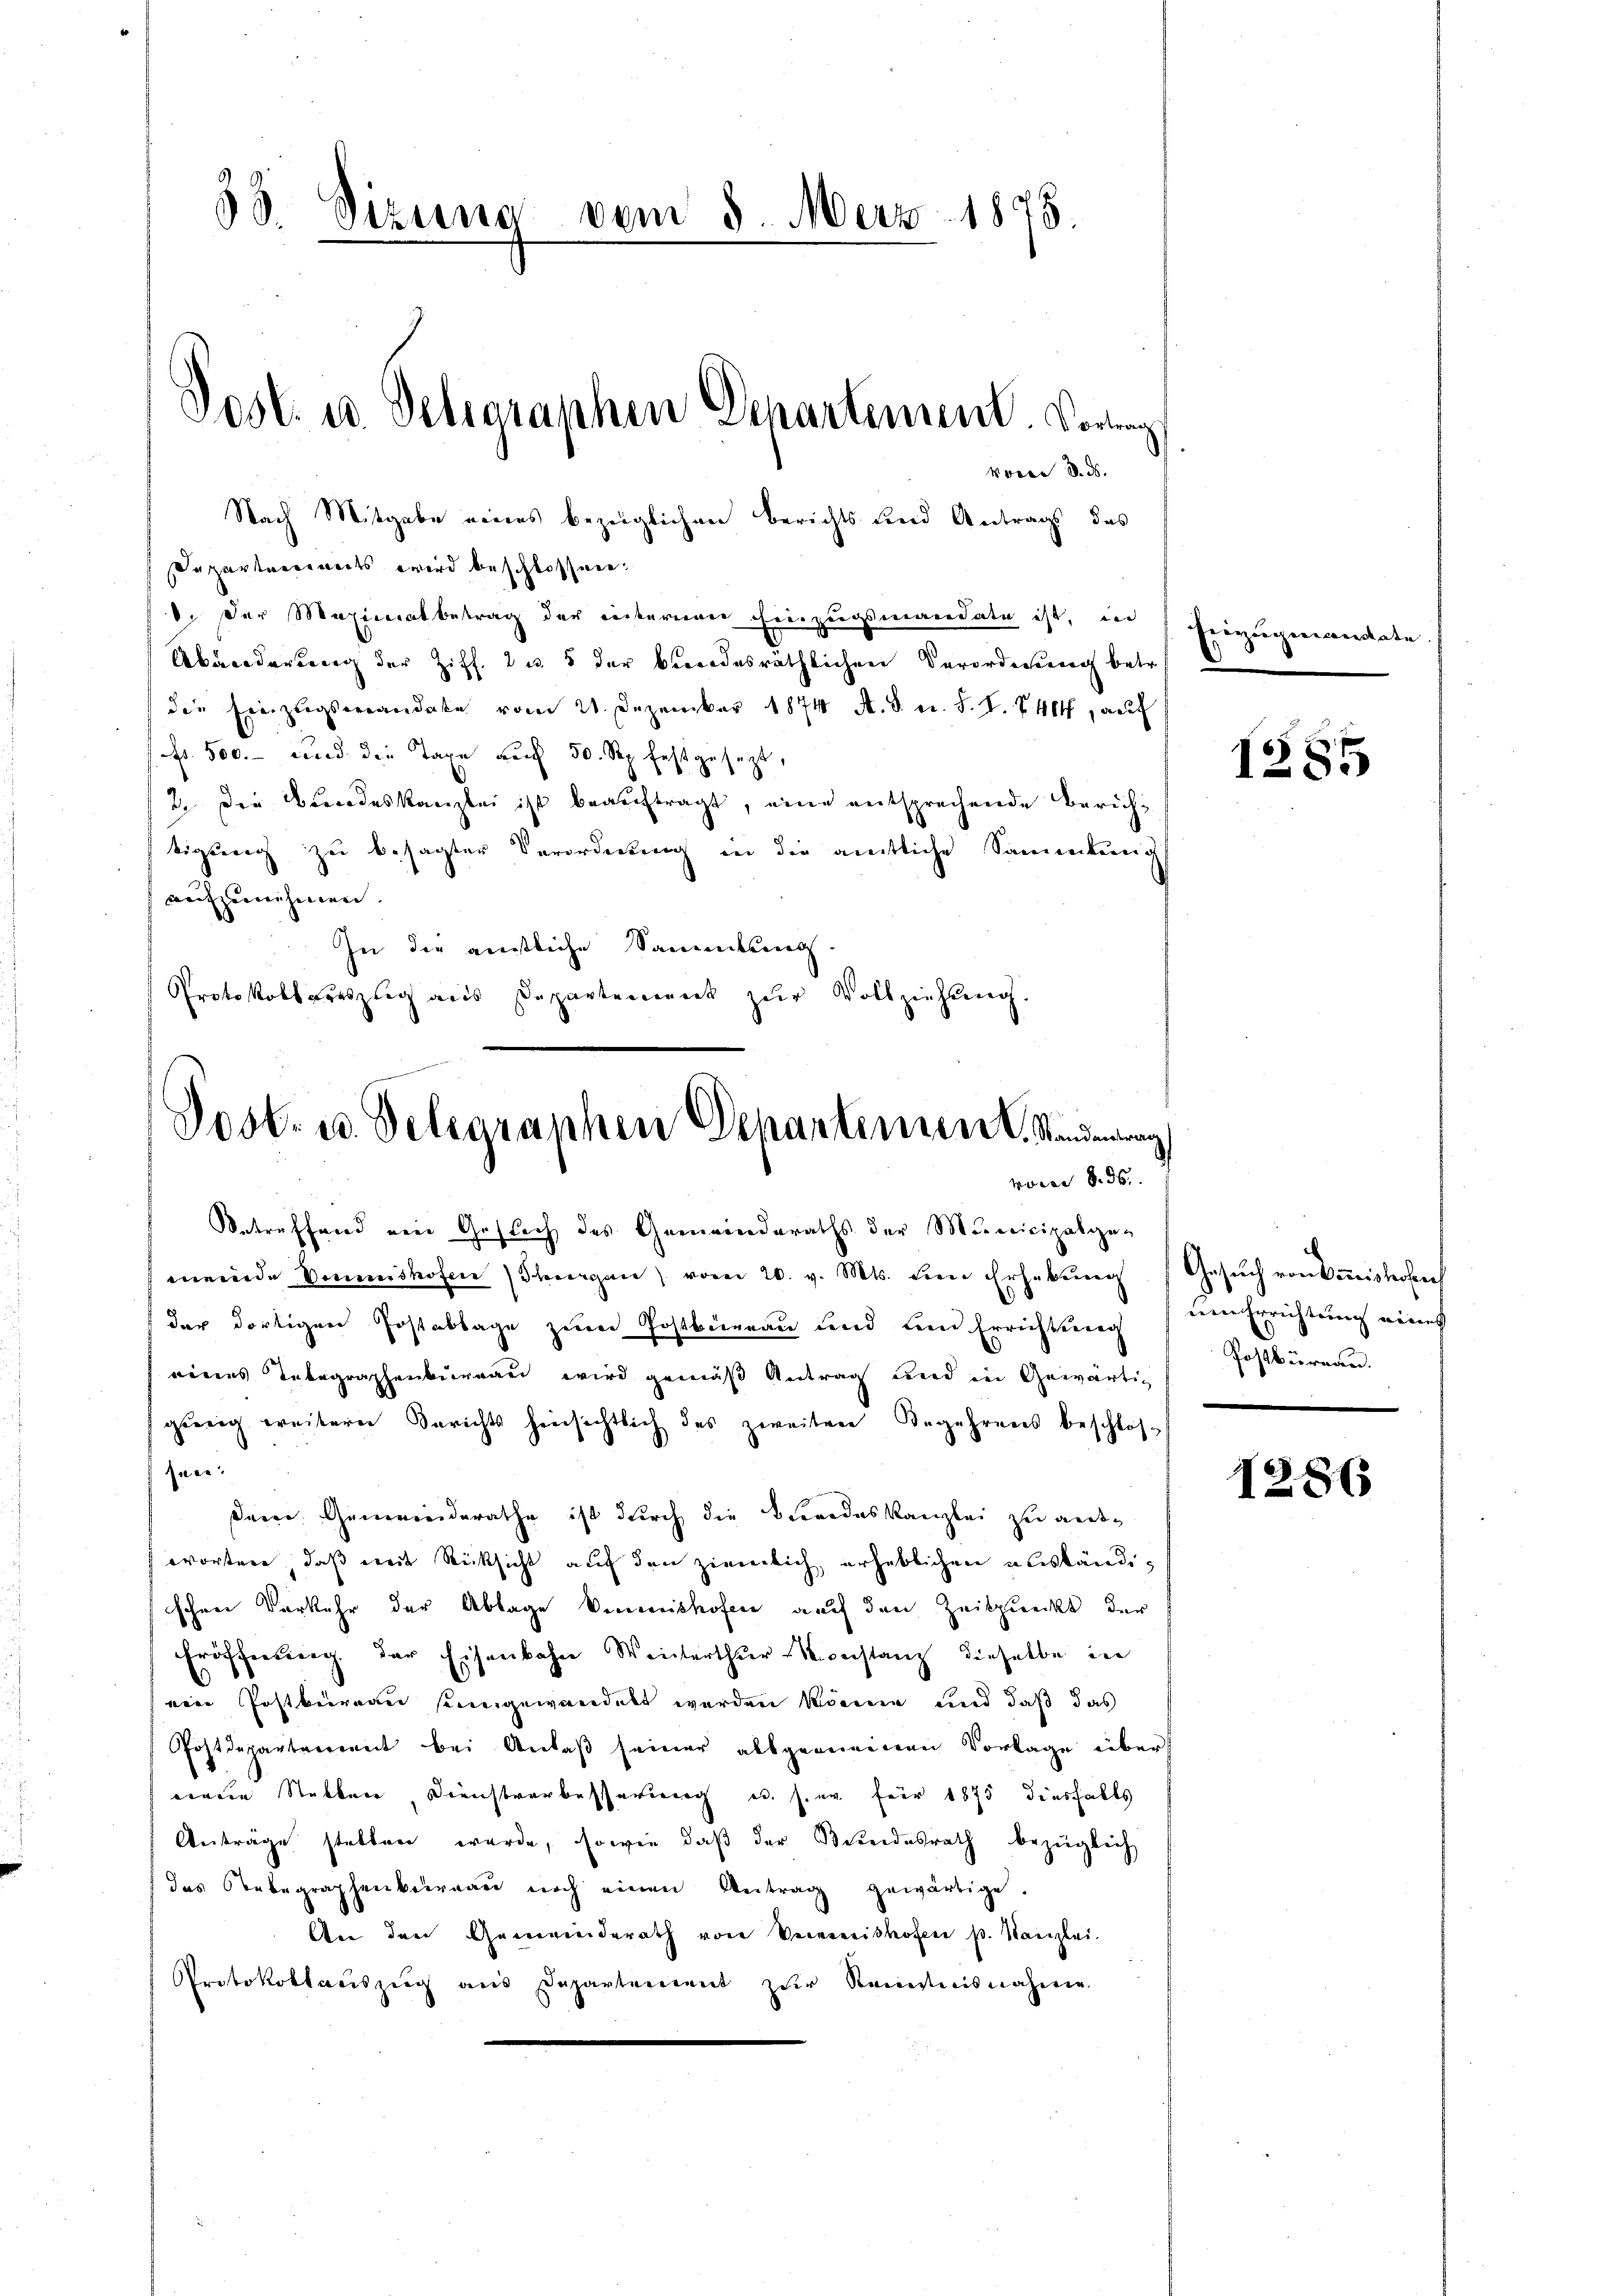
33 Sizung vom 5. März 1875.
e

Nach Mitgabe eines bezeiglichen Berichts und Antrags das
Separteienorts wird beschlossen:
. Der Maximatbetrag der interen hinzugsmandate ist, in
Abänderung der Ziff. 2 u. 5 der bundesräthlichen Verordnung betr.
die Einzugsverandate vom 21. Dezember 1874 A. S. n. F. J. Z. 401, auf
Fr. 500.- und die Taxe auf 50 Rp. festgesezt,
2. Der Bundeskanzlei ist beauftragt, eine entsprechende Zürichtigung zu besagter Verordnung in die amtliche Sammlung
Aufzunehmen. |
In die amtliche Sammlung.
Protokollsauszug aus Departement zur Vollziehung.

Post. u. Deraraphen Departement. Vorg
voren S. ds.

Post- u. Telegraphen Departement. Sanderung
voren S. 55
Betreffend ein Gestach des Gemeinderaths der Municipalge¬

meinde Einmishofen hergen vom 20. v. Mts. dem Erhebŭng (Gesŭch von Cṁishohen
der dortigen Postablage zum Postbeinau und dem Errichtung
eines Telegraphenbureau wird gemäß Antrag und in Gewärtig
geeig weitern Berichts hinsichtlich des zweiten Begehrens beschlos
fnen.
deine Gemeinderathe ist durch die Beendeskanzlei zu antwortere, daß weit Rücksicht auf den ziemlich, erheblichen anständischen Vorkehr der Ablage Verenishofen auch den Zeitpunckt der
Eröffnung. Der Eisenbahn Winterthur Konstanz dieselbe in
eine Postkurren seingewandelt werden könne und daß das
Postdepartement bei Anlaß seiner allgemeinen Vorlage über
einen Stellen, Dienstverbesserung u. s. er für 1875 diesfalls
Anträge stellen wurde, sowie daß der Bundesrath bezüglich
das Nebegraphenbureau noch einen Antrag gewärtige.
An den Gemeinderath von Verweishofen p. Kanzlei-
Protokollauszeig aus Departement zur Kenntnisnahme

Eiezŭgemandate.

1285

nen Errichtung eines
Postbüreau.

1286